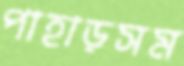
পাহাড়সম